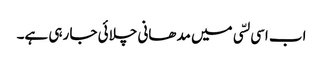
اب اسی لسّی میں مدھانی چلائی جا رہی ہے۔